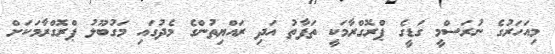
މިއަހަރުގެ ނުރަސްމީ ގަޑީގެ ޕްރޮގްރާމަކީ ތަފާތު އަދި ރައްޔިތުންގެ މެދުގައި މަގުބޫލު ޕްރޮގްރާމަކަށް